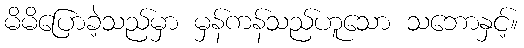
မိမိပြောခဲ့သည်မှာ မှန်ကန်သည်ဟူသော သဘောနှင့်။